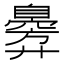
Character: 𫸣